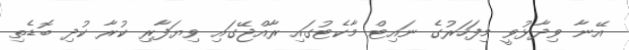
އޭނާ ވިދާޅުވީ މިފަހަރުގެ ނައިޓް މާކެޓުގައި ރާއްޖޭގައި ވިޔަފާރި ކުރާ ކުދި ބޮޑެތި